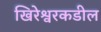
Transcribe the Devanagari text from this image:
खिरेश्वरकडील